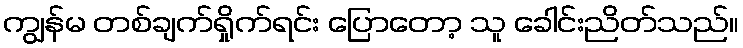
ကျွန်မ တစ်ချက်ရှိုက်ရင်း ပြောတော့ သူ ခေါင်းညိတ်သည်။